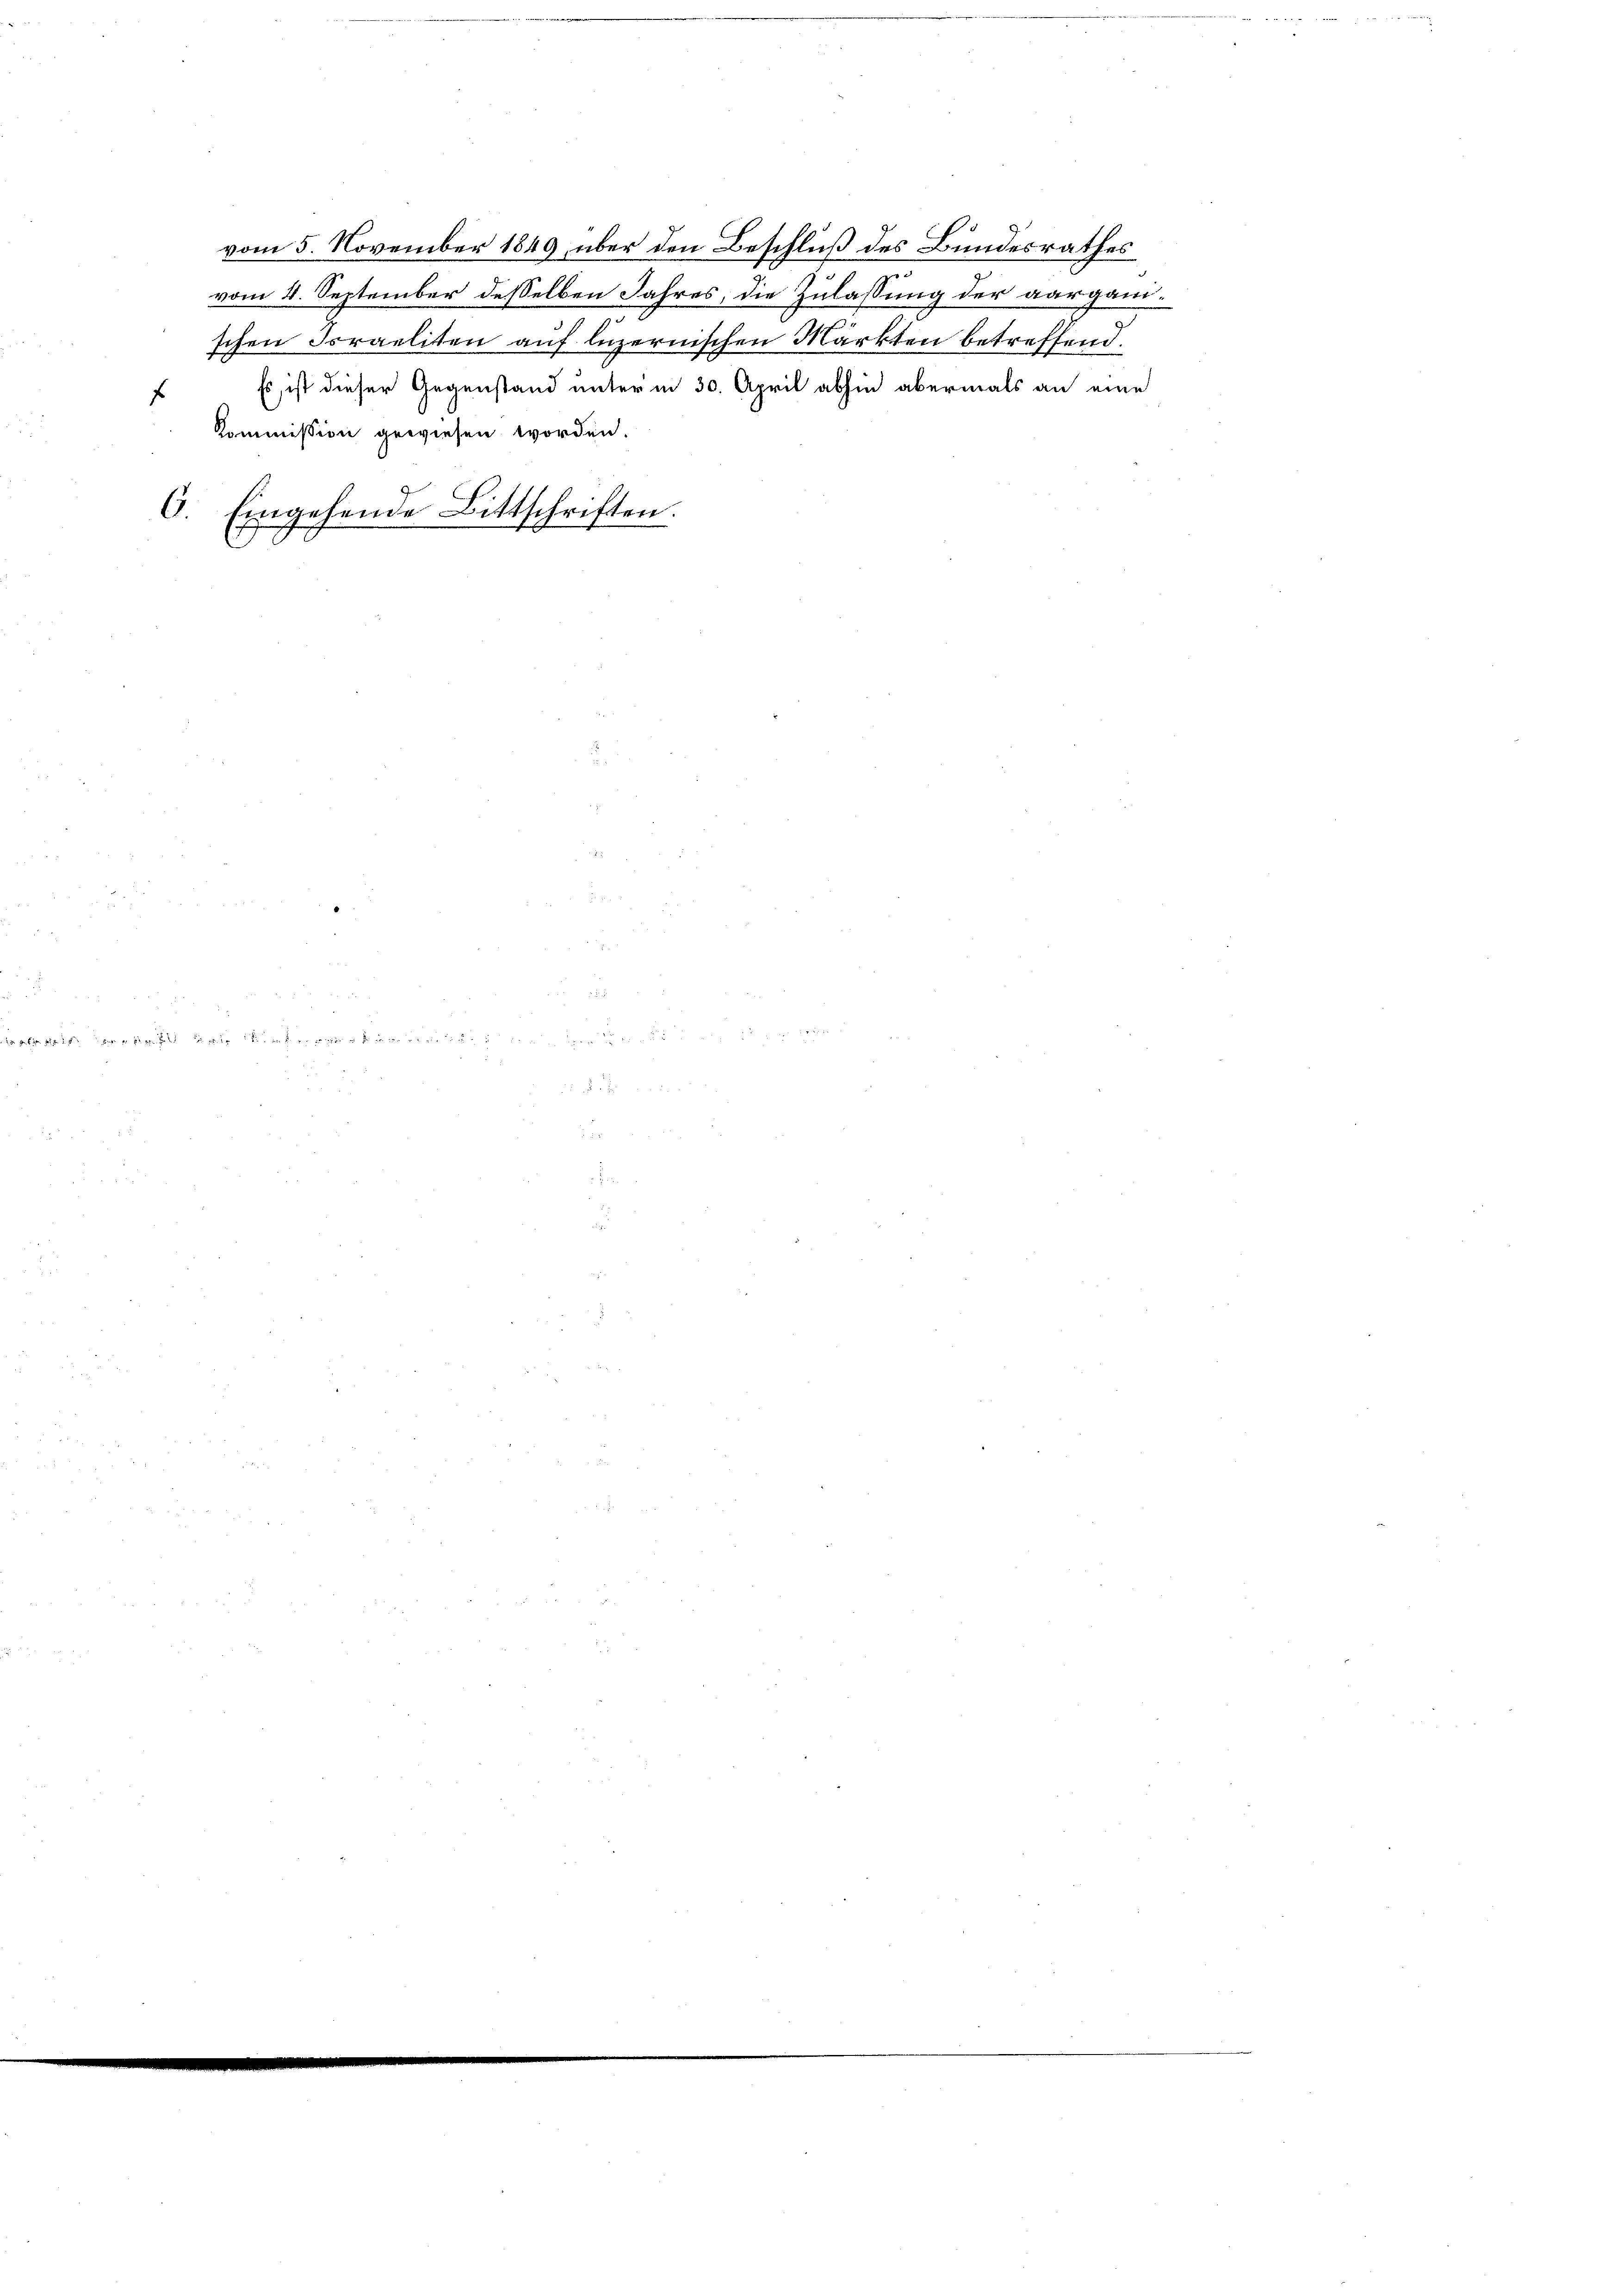
f
Kommission gewiesen worden.
C. Eingehende Bittschriften.

vom 5. November 1849 über den Beschluß des Bundesrathes
vom 4. September desselben Jahres, die Zulassung der aargauischen Soraeliten auf luzernischen Märkten betreffend.
Es ist dieser Gegenstand unter in 30. April abhin abermals an eine